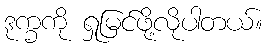
ဒုက္ခကို ရှုမြင်ဖို့လိုပါတယ်။